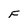
Character: F